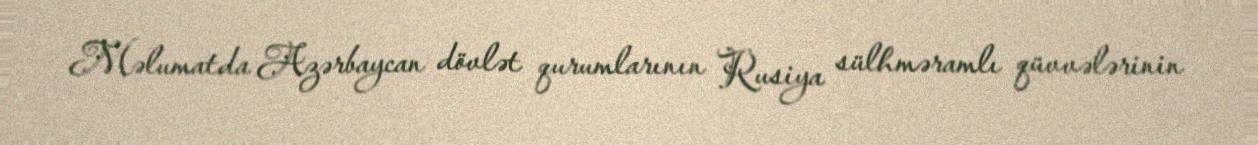
Məlumatda Azərbaycan dövlət qurumlarının Rusiya sülhməramlı qüvvələrinin